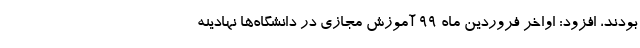
بودند، افزود: اواخر فروردین ماه ۹۹ آموزش مجازی در دانشگاه‌ها نهادینه